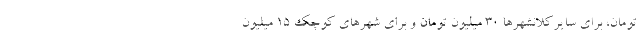
تومان، برای سایرکلانشهرها ۳۰ میلیون تومان و برای شهرهای کوچک ۱۵ میلیون